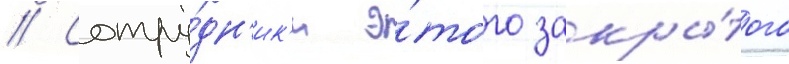
// Сотру́дн'ик'и э́того закры́того